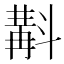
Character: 斠